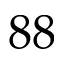
8 8